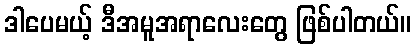
ဒါပေမယ့် ဒီအမူအရာလေးတွေ ဖြစ်ပါတယ်။